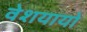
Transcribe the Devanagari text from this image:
वेशयायो